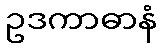
ဥဒကာဓာနံ